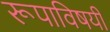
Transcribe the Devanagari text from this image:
रूपाविषयी